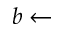
b \leftarrow